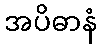
အပိဓာနံ